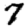
Digit: 7